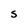
Character: S